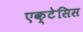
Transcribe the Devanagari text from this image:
एक्टेसिस